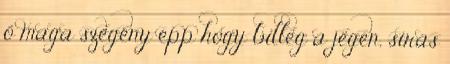
ő maga szegény épp hogy billeg a jégen, sírás